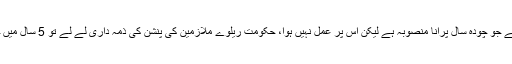
شیخ رشید نے عدالت سے کہا کہ ریلوے کے مسائل کا واحد حل ایم ایل ون منصوبہ ہے جو چودہ سال پرانا منصوبہ ہے لیکن اس پر عمل نہیں ہوا، حکومت ریلوے ملازمین کی پنشن کی ذمہ داری لے لے تو 5 سال میں خسارہ ختم ہو جائے گا، عدالت مہلت دے معیار پر پورا نہ اترا تو استعفی دے دوں گا۔